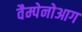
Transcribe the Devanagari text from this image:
वैम्पेनोआग